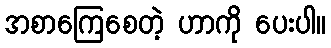
အစာကြေစေတဲ့ ဟာကို ပေးပါ။